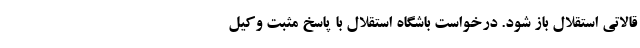
قالاتی استقلال باز شود. درخواست باشگاه استقلال با پاسخ مثبت وکیل